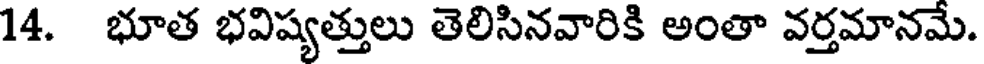
14. భూత భవిష్యత్తులు తెలిసినవారికి అంతా వర్తమానమే.